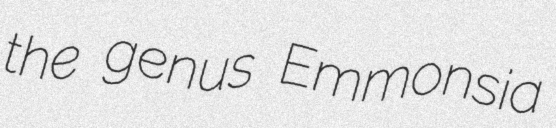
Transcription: the genus Emmonsia